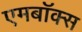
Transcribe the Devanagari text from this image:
एमबॉक्स